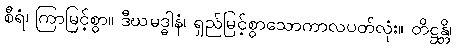
စီရံ၊ ကြာမြင့်စွာ။ ဒီဃမဒ္ဓါနံ၊ ရှည်မြင့်စွာသောကာလပတ်လုံး။ တိဋ္ဌန္တိ၊